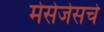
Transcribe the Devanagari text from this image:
मेसेजेसचे